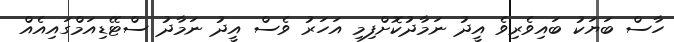
ހާސް ބަޔަކު ބައިވެރިވެ އީދު ނަމާދުކޮށްފިމި އަހަރު ވެސް އީދު ނަމާދު ސްޓޭޑިއަމްގައިއެއް